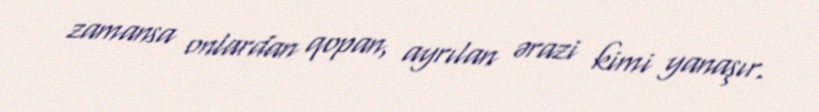
zamansa onlardan qopan, ayrılan ərazi kimi yanaşır.